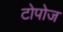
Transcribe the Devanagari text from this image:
टोपोज